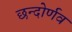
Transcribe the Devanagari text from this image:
छन्दोर्णव